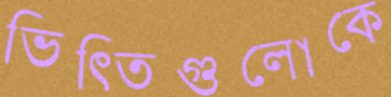
ভিত্তিগুলোকে